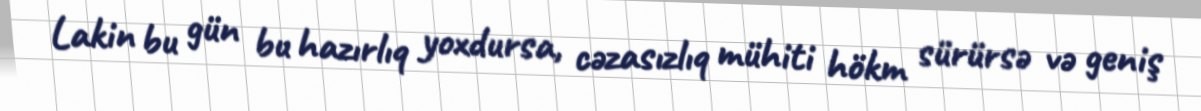
Lakin bu gün bu hazırlıq yoxdursa, cəzasızlıq mühiti hökm sürürsə və geniş